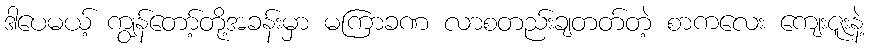
ဒါပေမယ့် ကျွန်တော့်တို့အခန်းမှာ မကြာခဏ လာစတည်းချတတ်တဲ့ စာကလေး ကျေးဇူးနဲ့